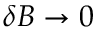
\delta B \rightarrow 0